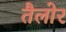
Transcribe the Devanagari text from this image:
तैलोर